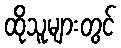
ထိုသူများတွင်